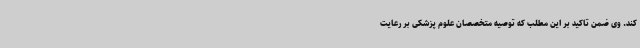
کند. وی ضمن تاکید بر این مطلب که توصیه متخصصان علوم پزشکی بر رعایت